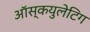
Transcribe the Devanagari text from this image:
ऑस्कयुलेटिग